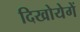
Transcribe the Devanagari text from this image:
दिखोयेगें